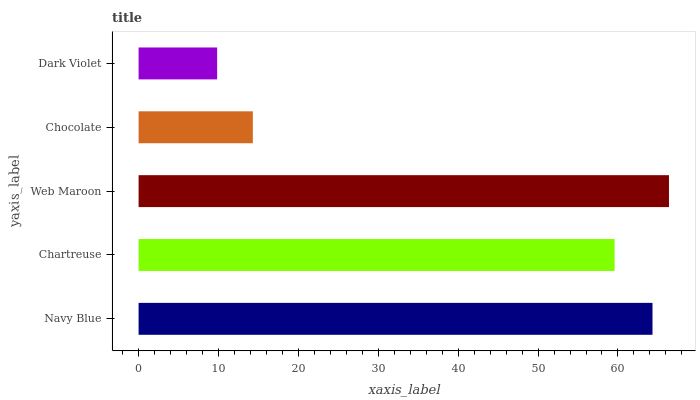
| yaxis_label | bars |
 | --- | --- |
 | Navy Blue | 64.3 |
 | Chartreuse | 59.6 |
 | Web Maroon | 66.4 |
 | Chocolate | 14.3 |
 | Dark Violet | 9.83 |